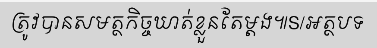
ត្រូវបានសមត្ថកិច្ចឃាត់ខ្លួនតែម្តង៕S/អត្ថបទ